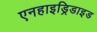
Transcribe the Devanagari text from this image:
एनहाइड्रिडाइड